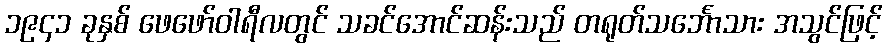
၁၉၄၁ ခုနှစ် ဖေဖော်ဝါရီလတွင် သခင်အောင်ဆန်းသည် တရုတ်သင်္ဘောသား အသွင်ဖြင့်